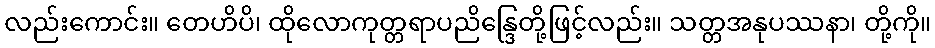
လည်းကောင်း။ တေဟိပိ၊ ထိုလောကုတ္တရာပညိန္ဒြေတို့ဖြင့်လည်း။ သတ္တအနုပဿနာ၊ တို့ကို။